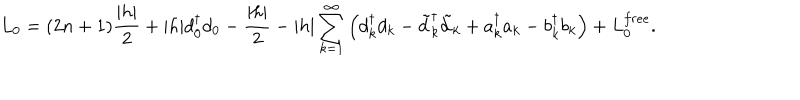
L _ { 0 } = ( 2 n + 1 ) { \frac { | h | } { 2 } } + | h | d _ { 0 } ^ { \dagger } d _ { 0 } - { \frac { | h | } { 2 } } - | h | \sum _ { k = 1 } ^ { \infty } \left( d _ { k } ^ { \dagger } d _ { k } - \tilde { d } _ { k } ^ { \dagger } \tilde { d } _ { k } + a _ { k } ^ { \dagger } a _ { k } - b _ { k } ^ { \dagger } b _ { k } \right) + L _ { 0 } ^ { f r e e } .